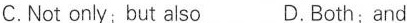
C.Not only; but also D.Both; and